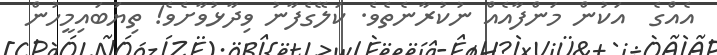
އެއްގެ  އަކުން މަންފާއެއް ނުކުރާނެތެވެ. ކަލޭގެފާނު ވިދާޅުވާށެވެ! ތިޔަބައިމީހުން